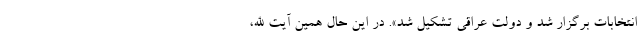
انتخابات برگزار شد و دولت عراقی تشکیل شد». در این حال همین آیت الله،